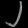
Digit: ၂